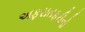
અફરાતફરીનો